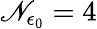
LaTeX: \mathscr{N}_{\epsilon_{0}}=4